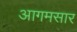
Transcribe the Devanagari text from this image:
आगमसार